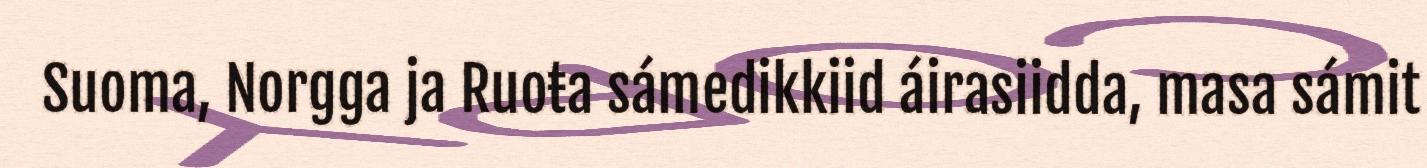
Suoma, Norgga ja Ruoŧa sámedikkiid áirasiidda, masa sámit